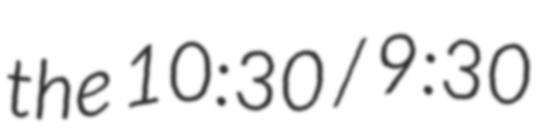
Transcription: the 10:30 / 9:30